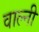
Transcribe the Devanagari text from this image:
वाल्नी